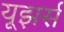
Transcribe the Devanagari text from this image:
यूझर्स